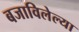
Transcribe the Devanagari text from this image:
बजाविलेल्या